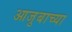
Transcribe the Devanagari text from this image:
आजुबाच्या